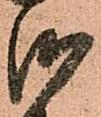
御